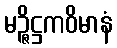
မဉ္ဇိဋ္ဌကဝိမာနံ